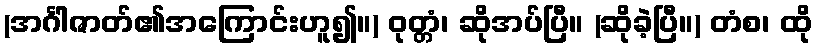
(အင်္ဂါဇာတ်၏အကြောင်းဟူ၍။) ဝုတ္တံ၊ ဆိုအပ်ပြီ။ (ဆိုခဲ့ပြီ။) တံစ၊ ထို